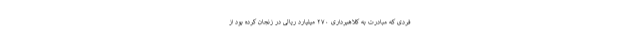
فردی که مبادرت به کلاهبرداری ۲۷۰ میلیارد ریالی در زنجان کرده بود از